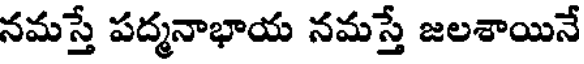
నమస్తే పద్మనాభాయ నమస్తే జలశాయినే